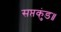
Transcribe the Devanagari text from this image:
सप्तकुंड॥